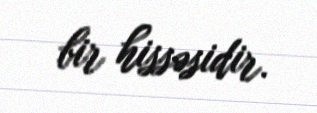
bir hissəsidir.